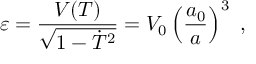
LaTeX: \varepsilon = { \frac { V ( T ) } { \sqrt { 1 - \dot { T } ^ { 2 } } } } = V _ { 0 } \left( { \frac { a _ { 0 } } { a } } \right) ^ { 3 } \ ,